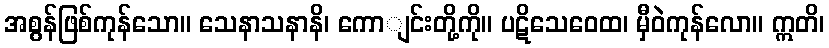
အစွန်ဖြစ်ကုန်သော။ သေနာသနာနိ၊ ကောျင်းတို့ကို။ ပဋိသေဝေထ၊ မှီဝဲကုန်လော။ ဣတိ၊